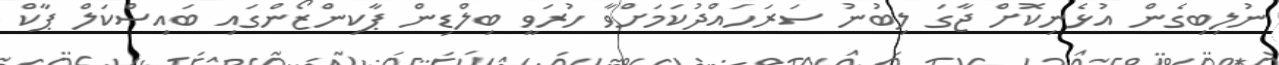
ނުލިބިގެން އުޅެނިކޮށް ޖާގަ ލިބުނު ސަރަހައްދުކަމަށްވާ ހުރަވީ ބިލްޑިން ޕާކިންޒޯންގައި ބައިސްކަލް ޕާކް